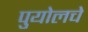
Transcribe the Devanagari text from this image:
पुयोलचे